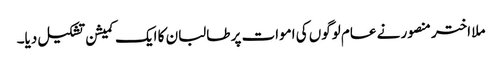
ملا اختر منصور نے عام لوگوں کی اموات پر طالبان کا ایک کمیشن تشکیل دیا۔